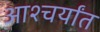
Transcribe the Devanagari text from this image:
आश्चर्यांत